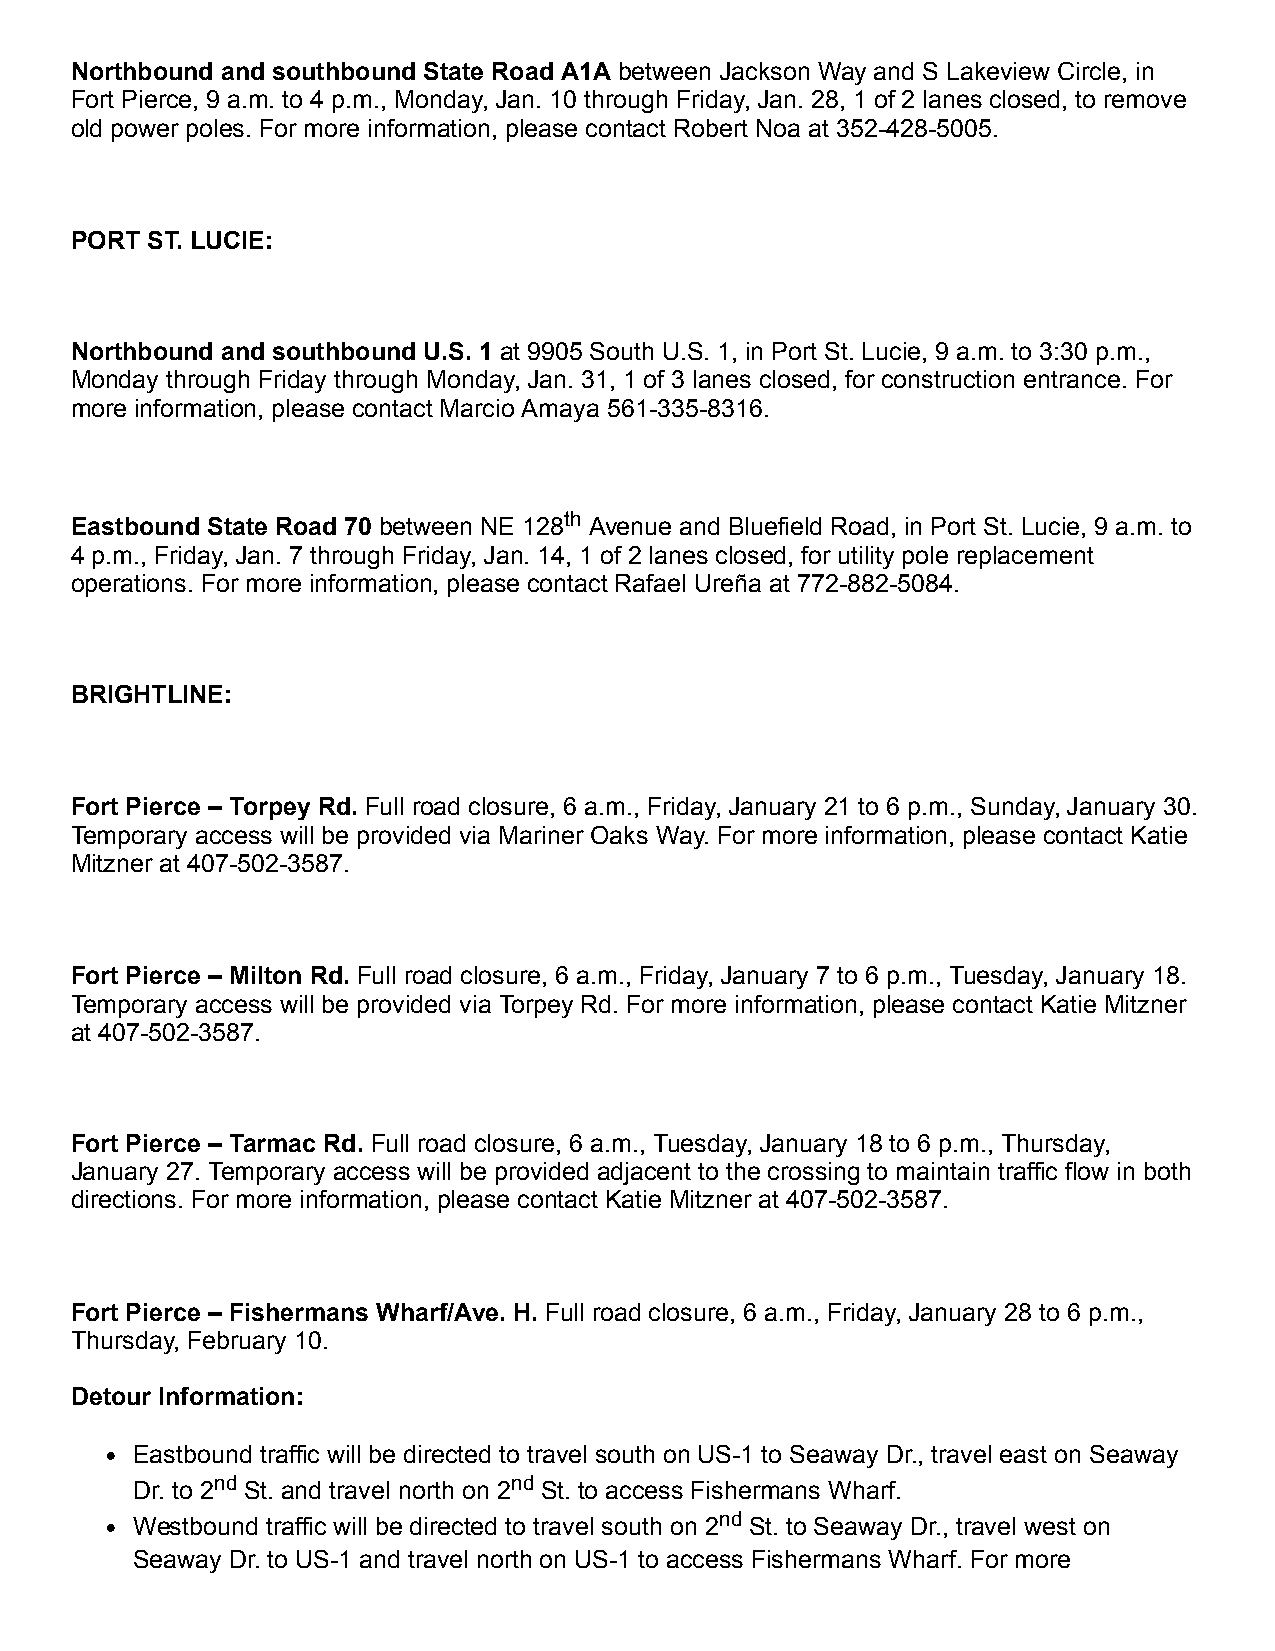
Northbound and southbound State Road A1A between Jackson Way and S Lakeview Circle, in
 Fort Pierce, 9 a.m. to 4 p.m., Monday, Jan. 10 through Friday, Jan. 28, 1 of 2 lanes closed, to remove
 old power poles. For more information, please contact Robert Noa at 352-428-5005.
 PORT ST. LUCIE:
 Northbound and southbound U.S. 1 at 9905 South U.S. 1, in Port St. Lucie, 9 a.m. to 3:30 p.m.,
 Monday through Friday through Monday, Jan. 31, 1 of 3 lanes closed, for construction entrance. For
 more information, please contact Marcio Amaya 561-335-8316.
 Eastbound State Road 70 between NE 128th Avenue and Bluefield Road, in Port St. Lucie, 9 a.m. to
 4 p.m., Friday, Jan. 7 through Friday, Jan. 14, 1 of 2 lanes closed, for utility pole replacement
 operations. For more information, please contact Rafael Ureña at 772-882-5084.
 BRIGHTLINE:
 Fort Pierce – Torpey Rd. Full road closure, 6 a.m., Friday, January 21 to 6 p.m., Sunday, January 30.
 Temporary access will be provided via Mariner Oaks Way. For more information, please contact Katie
 Mitzner at 407-502-3587.
 Fort Pierce – Milton Rd. Full road closure, 6 a.m., Friday, January 7 to 6 p.m., Tuesday, January 18.
 Temporary access will be provided via Torpey Rd. For more information, please contact Katie Mitzner
 at 407-502-3587.
 Fort Pierce – Tarmac Rd. Full road closure, 6 a.m., Tuesday, January 18 to 6 p.m., Thursday,
 January 27. Temporary access will be provided adjacent to the crossing to maintain traffic flow in both
 directions. For more information, please contact Katie Mitzner at 407-502-3587.
 Fort Pierce – Fishermans Wharf/Ave. H. Full road closure, 6 a.m., Friday, January 28 to 6 p.m.,
 Thursday, February 10.
 Detour Information:
 Eastbound traffic will be directed to travel south on US-1 to Seaway Dr., travel east on Seaway
 Dr. to 2nd St. and travel north on 2nd St. to access Fishermans Wharf.
 Westbound traffic will be directed to travel south on 2nd St. to Seaway Dr., travel west on
 Seaway Dr. to US-1 and travel north on US-1 to access Fishermans Wharf. For more